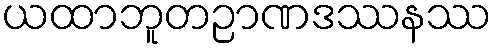
ယထာဘူတဉာဏဒဿနဿ